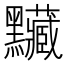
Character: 𪓅